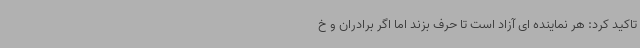
تاکید کرد: هر نماینده ای آزاد است تا حرف بزند اما اگر برادران و خ